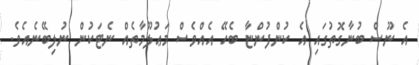
އެ ނޫސް ބުނާގޮތުގައި އެ ކުންފުންޏާ ބެހޭ އެއްވެސް މަޢުލޫމާތެއް ނެޓަކުން ނުލިބޭނެއެވެ.